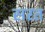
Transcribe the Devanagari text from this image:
सरत